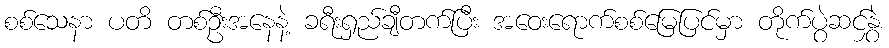
စစ်သေနာ ပတိ တစ်ဦးအနေနဲ့ ခရီးရှည်ချီတက်ပြီး အဝေးရောက်စစ်မြေပြင်မှာ တိုက်ပွဲဆင်နွှဲ